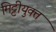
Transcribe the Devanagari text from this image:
मिट्टीयुक्त